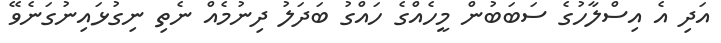
އަދި އެ އިސްލާހުގެ ސަބަބުން މީހެއްގެ ހައްގު ބަދަލު ދިނުމެއް ނެތި ނިގުޅައިނުގަނެވޭ